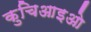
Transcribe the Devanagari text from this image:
कुचिआइओ